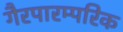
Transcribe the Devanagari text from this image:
गैरपारम्परिक